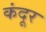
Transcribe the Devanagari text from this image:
कंदूर